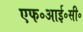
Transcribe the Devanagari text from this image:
एफ॰आई॰सी॰